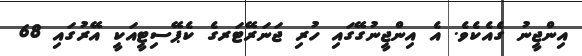
އިންޖީނު ގެއެކެވެ. އެ އިންޖީނުގޭގައި ހުރި ޖަނަރޭޓަރގެ ކެޕޭސިޓީއަކީ އޭރުގައި 68